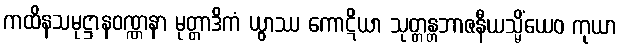
ကထိနသမုဋ္ဌာနဝဏ္ဏနာ မုတ္တာဒိကံ ယွာဿ ကောဋိယာ သုတ္တန္တဘာဇနီယသ္မိံယေဝ ကုယာ